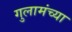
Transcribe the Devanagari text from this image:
गुलामंच्या